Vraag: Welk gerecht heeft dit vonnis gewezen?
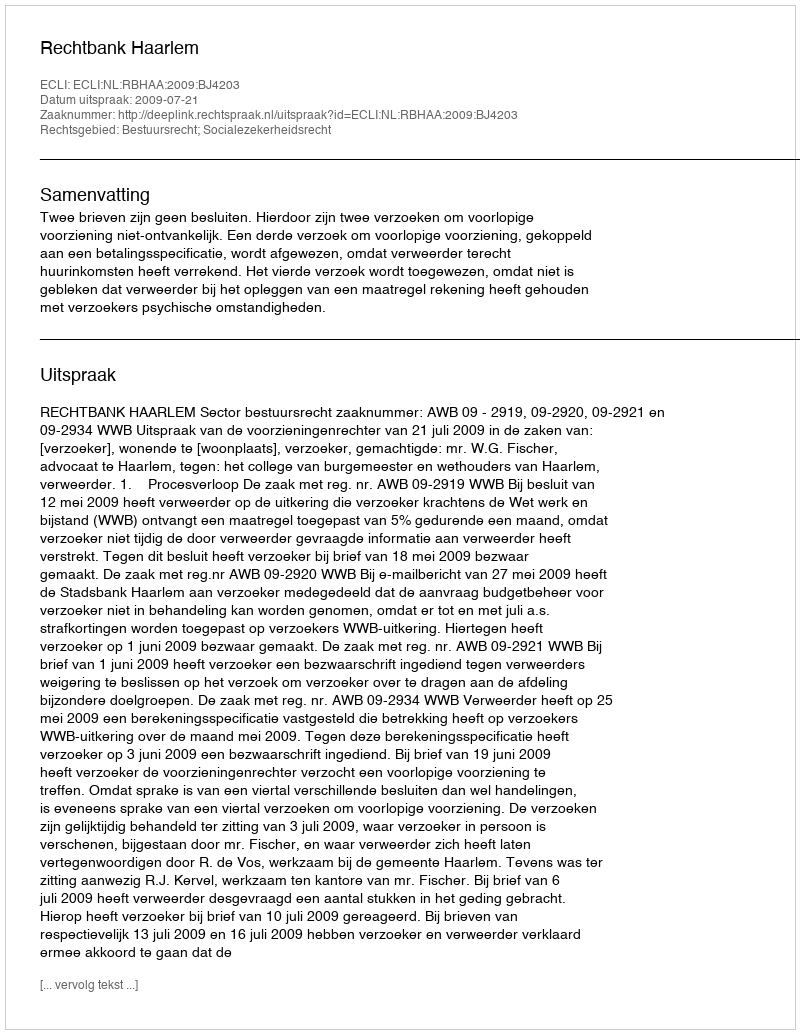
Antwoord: Rechtbank Haarlem